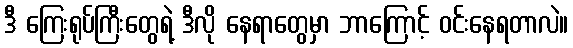
ဒီ ကြေးရုပ်ကြီးတွေရဲ့ ဒီလို နေရာတွေမှာ ဘာကြောင့် ဝင်းနေရတာလဲ။